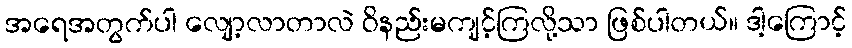
အရေအတွက်ပါ လျော့လာတာလဲ ဝိနည်းမကျင့်ကြလို့သာ ဖြစ်ပါတယ်။ ဒါ့ကြောင့်